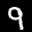
Label: 9